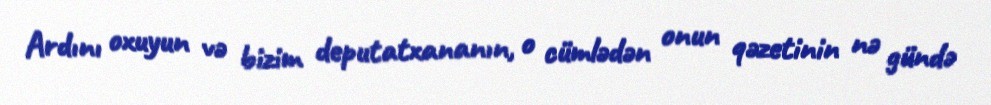
Ardını oxuyun və bizim deputatxananın, o cümlədən onun qəzetinin nə gündə